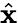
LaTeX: \hat{\mathbf{x}}